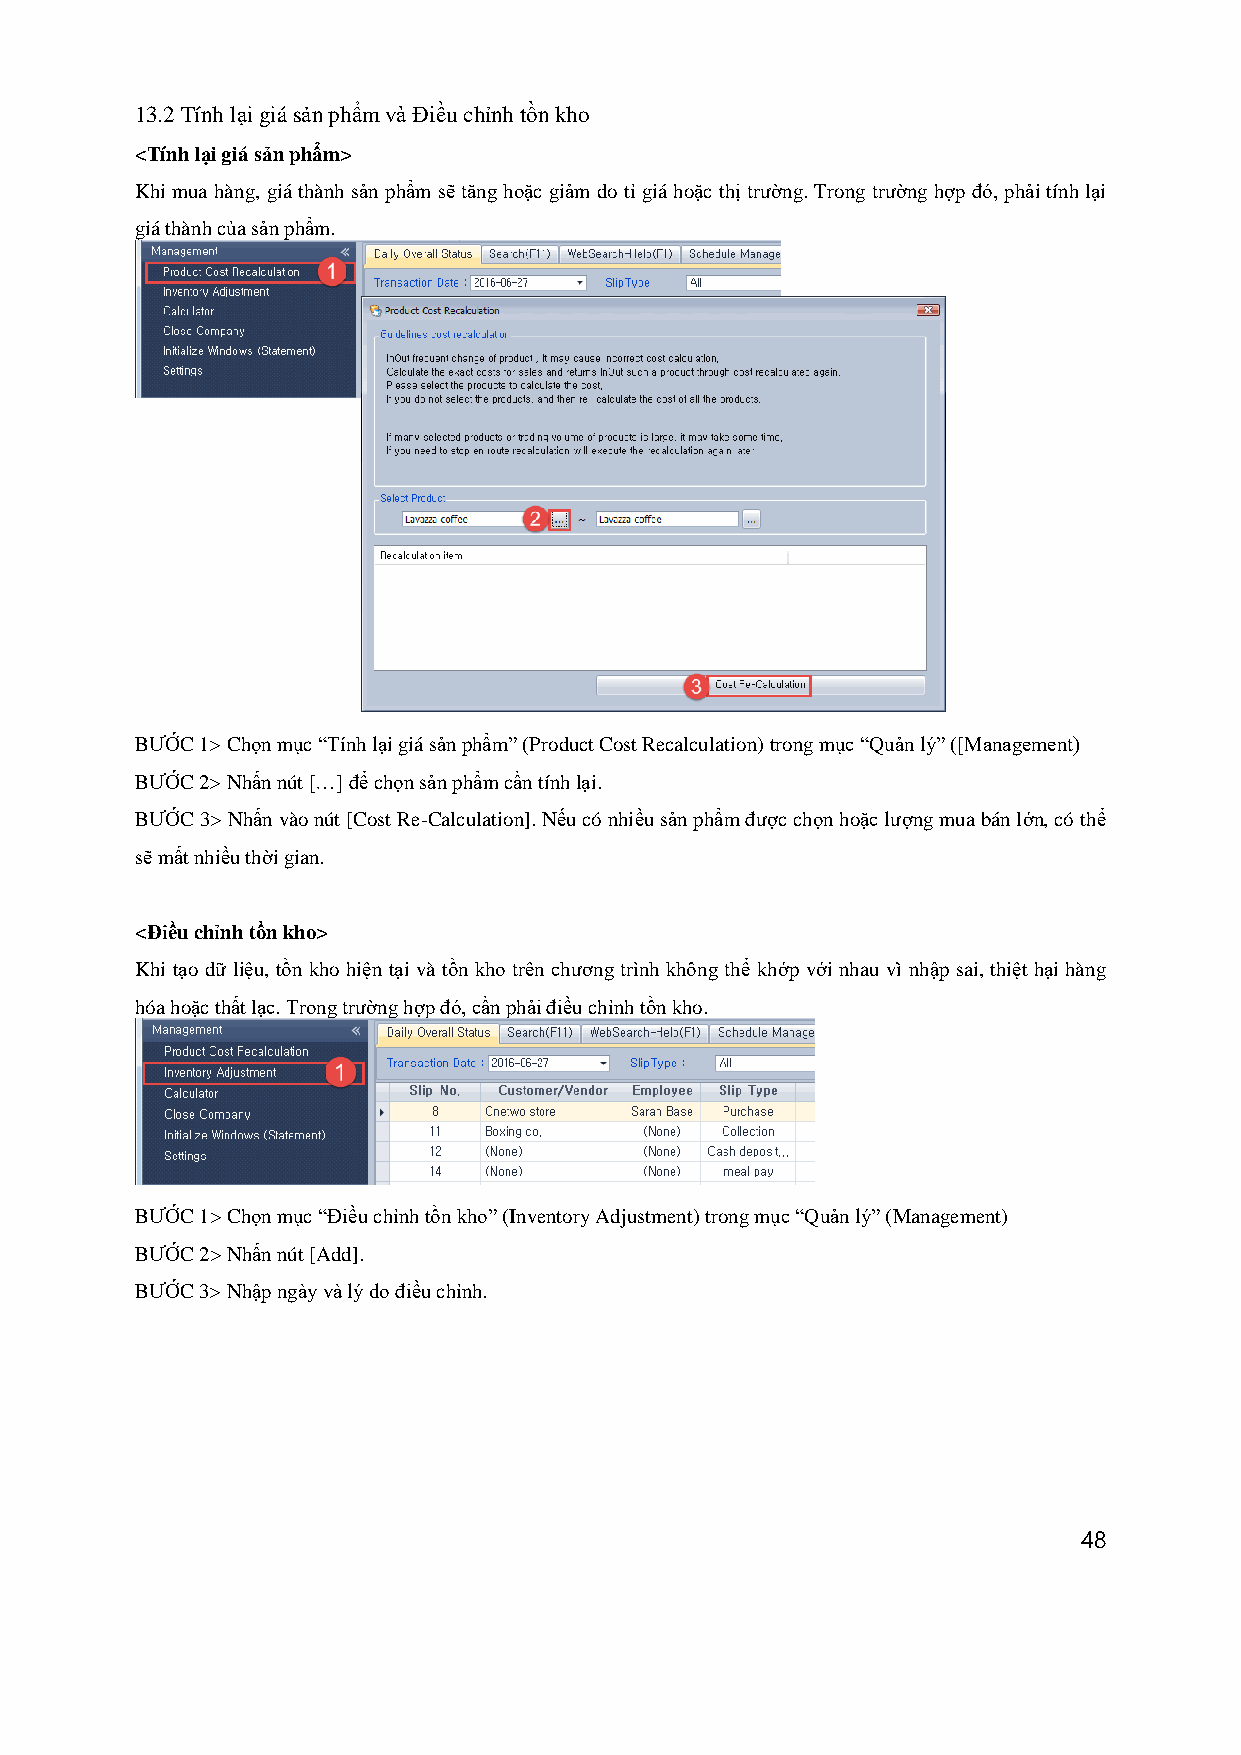
13.2 Tính lại giá sản phẩm và Điều chỉnh tồn kho
 <Tính lại giá sản phẩm>
 Khi mua hàng, giá thành sản phẩm sẽ tăng hoặc giảm do tỉ giá hoặc thị trường. Trong trường hợp đó, phải tính lại
 giá thành của sản phẩm.
 BƯỚC 1> Chọn mục “Tính lại giá sản phẩm” (Product Cost Recalculation) trong mục “Quản lý” ([Management)
 BƯỚC 2> Nhấn nút […] để chọn sản phẩm cần tính lại.
 BƯỚC 3> Nhấn vào nút [Cost Re-Calculation]. Nếu có nhiều sản phẩm được chọn hoặc lượng mua bán lớn, có thể
 sẽ mất nhiều thời gian.
 <Điều chỉnh tồn kho>
 Khi tạo dữ liệu, tồn kho hiện tại và tồn kho trên chương trình không thể khớp với nhau vì nhập sai, thiệt hại hàng
 hóa hoặc thất lạc. Trong trường hợp đó, cần phải điều chỉnh tồn kho.
 BƯỚC 1> Chọn mục “Điều chỉnh tồn kho” (Inventory Adjustment) trong mục “Quản lý” (Management)
 BƯỚC 2> Nhấn nút [Add].
 BƯỚC 3> Nhập ngày và lý do điều chỉnh.
 48